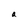
Character: a